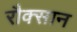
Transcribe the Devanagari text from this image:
रौक्सान